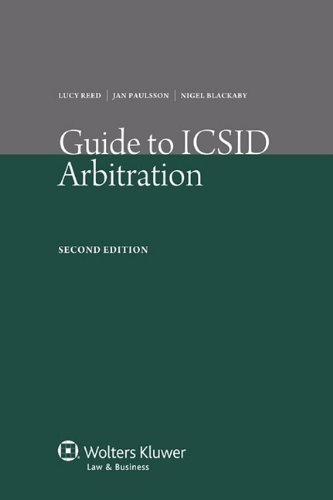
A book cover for Guide to ICSID Arbitration 2nd Edition Revised; Jan Paulsson; Law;